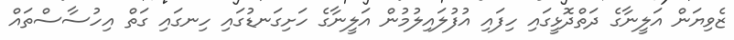
ޒެވިޔަން އަލީނާގެ ދަތްދޮޅީގައި ހިފައި އުފުލައިލުމުން އަލީނާގެ ހަށިގަނޑުގައި ހިނގައި ގަތް އިހުސާސްތައް